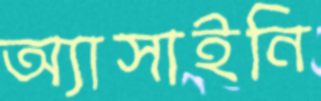
অ্যাসাইনি